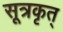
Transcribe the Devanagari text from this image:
सूत्रकृत्